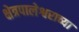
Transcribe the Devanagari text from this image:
क्षेत्रपालेश्वराच्या